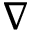
\nabla